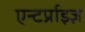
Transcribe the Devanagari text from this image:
एन्टर्प्राइज़